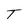
Character: T